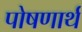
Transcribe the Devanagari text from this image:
पोषणार्थ